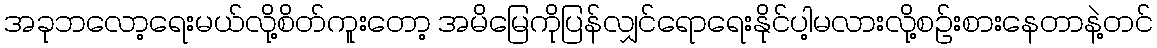
အခုဘလော့ရေးမယ်လို့စိတ်ကူးတော့ အမိမြေကိုပြန်လျှင်ရောရေးနိုင်ပါ့မလားလို့စဉ်းစားနေတာနဲ့တင်